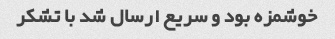
خوشمزه بود و سریع ارسال شد با تشکر